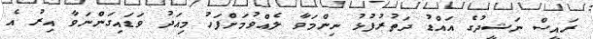
ރައީސް ނަޝީދުގެ އައްޑު ދަތުރުފުޅު ނިންމަވާ ލެއްވުމަށްފަހު މިއަދު ވަޑައިގަންނަވާ އިރު އެ